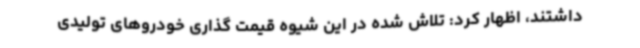
داشتند، اظهار کرد: تلاش شده در این شیوه قیمت گذاری خودروهای تولیدی